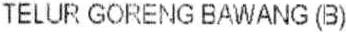
TELUR GORENG BAWANG (B)